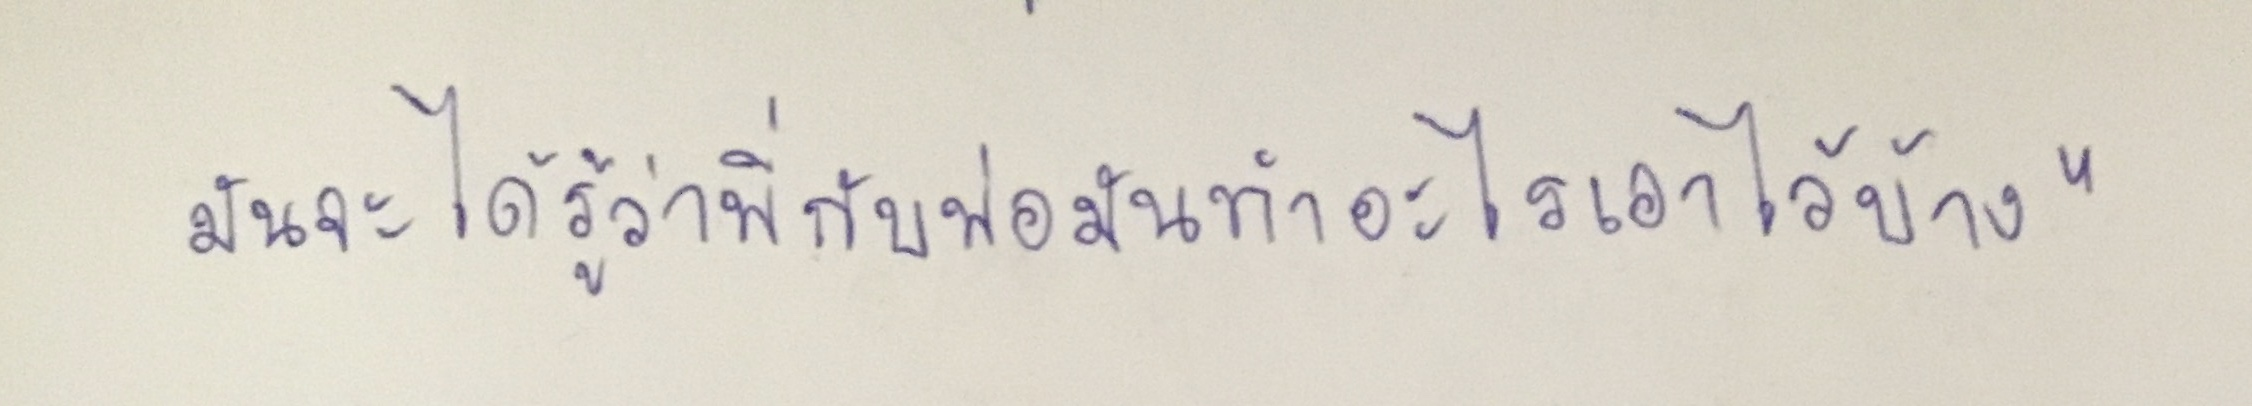
มันจะได้รู้ว่าพี่กับพ่อมันทำอะไรเอาไว้บ้าง"